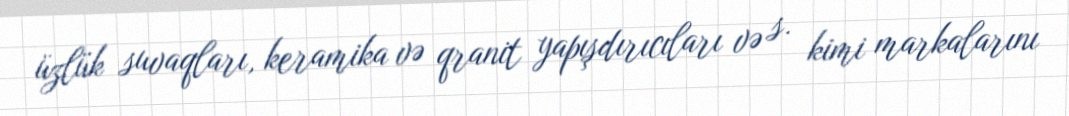
üzlük suvaqları, keramika və qranit yapışdırıcıları və s. kimi markalarını